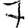
Digit: 7